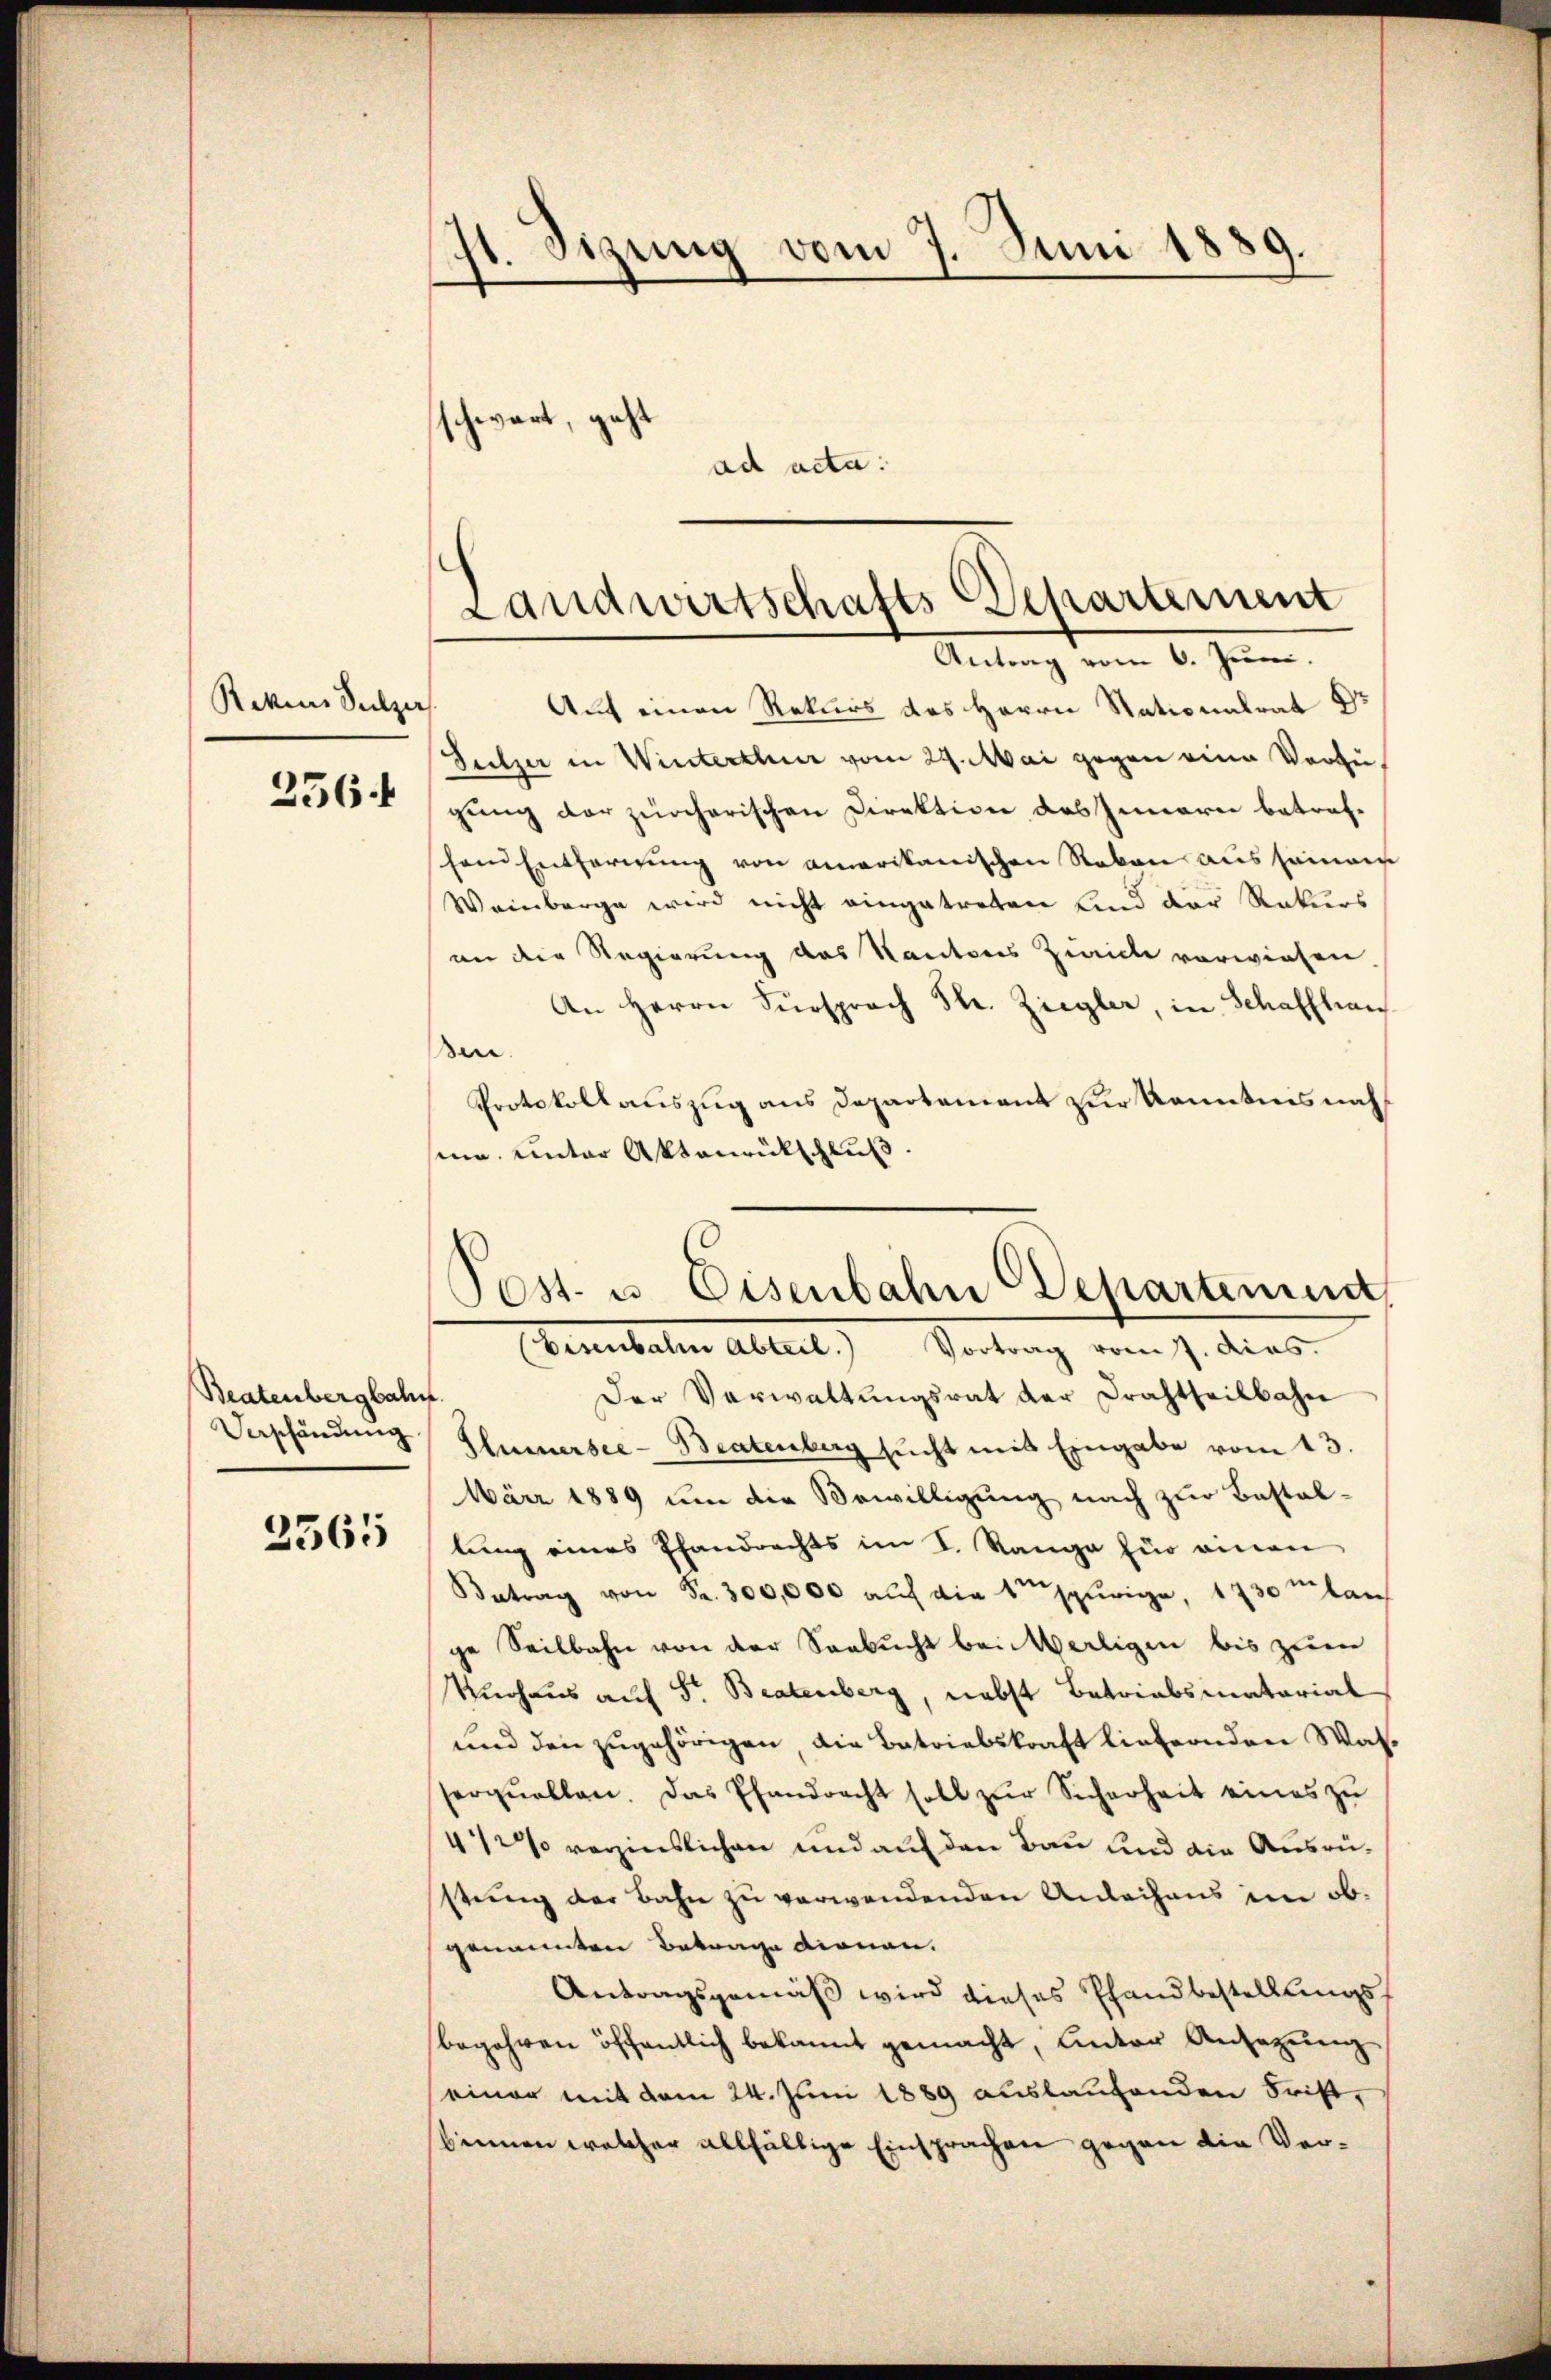
Rekens Sulzer

Beatenbergbahn.

2565

st. Sizung vom 7. Juni 1889.
3
schwart, geht
ad acta.

Auf einen Rekurs des Herrn Stationalrat Dr
Sulzer in Winterthur vom 24. Mai gegen eine Vorzu¬
25654gung der zürcherischen Direktion das Innern betrefhain Entfernung von amerikanischen Rakon aus seinem
Weinberge wird nicht eingetreten Kind der Rekurs
an die Regierung des Kantons Zürich vorwiesen
An Herrn Fürsprach Str. Ziegler, in Schaffhau
en.
Protokollauszug aus Departement zur Kenntnis nach
sine unter Aktenrütschluß.

Landwirtschafts-Departement
Antrag vom 6. Juni.

(Eisenbahn Abteil. Vortrag vom 7. dies
Der Verwaltungsrat der Drahtheilbahn
Verschöndŭng Eurersee-Beatenberg sŭcht mit Eingabe vom 13.
März 1889 um die Bewilligung nach zur Bestaltung eines Pfandrechts im I. Range für einen
Betrag von Fr. 300,000 auf die traurige, 1730 m lan
ge Seilbahn von der Seebucht bei Wertigen bis zum
Knohaus auf Sr. Bratenberg, nebst Betriabsmatorial
und den zugehörigen die Betriebskraft liefernden Wasserquellen. Das Pfandrecht soll zŭr Sicherheit eines zu
4 1/2% verzinslichen und auf den Bau und die Ausrüstung der Bahn zu verwendenden Anleihens im obgenannten Betrage dienen.
Antragsgemäß wird dieses Pfandbestellungsbegehren öffentlich bekannt gemacht, Unter Ansezung
einer mit dem 24. Juni 1889 auslaufenden Frist,
binnen welcher allfältige Einsprachen gegen die Ver¬

Post- u. Eisenbahn Departement